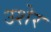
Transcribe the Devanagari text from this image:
उशेर